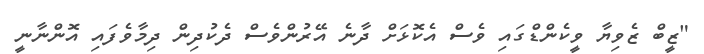
"ޒީބް ޒެވިޔާ ވީކެންޑްގައި ވެސް އެކޮޅަށް ދާނެ އޭރުންވެސް ދެކުދިން ދިމާވެފައި އޮންނާނީ